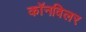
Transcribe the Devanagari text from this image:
कॉनविलर